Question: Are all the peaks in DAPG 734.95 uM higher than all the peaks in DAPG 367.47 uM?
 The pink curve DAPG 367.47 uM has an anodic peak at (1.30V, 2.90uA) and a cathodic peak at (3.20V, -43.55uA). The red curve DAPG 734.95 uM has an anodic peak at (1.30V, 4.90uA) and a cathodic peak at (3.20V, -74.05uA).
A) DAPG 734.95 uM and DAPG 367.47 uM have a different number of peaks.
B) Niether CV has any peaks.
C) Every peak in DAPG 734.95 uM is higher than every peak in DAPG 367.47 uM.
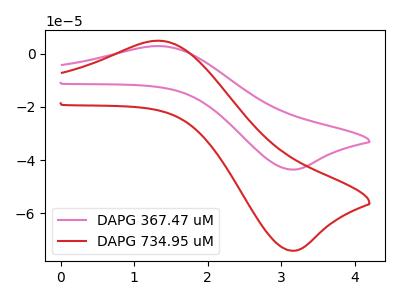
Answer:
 <answer>C) Every peak in "DAPG 734.95 uM" is higher than every peak in "DAPG 367.47 uM".</answer>
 <eval>C</eval>